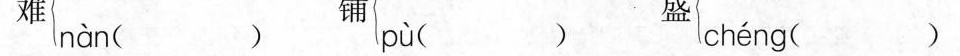
难nàn（ ）铺pù （ ）盛（ ）chéng